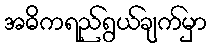
အဓိကရည်ရွယ်ချက်မှာ